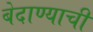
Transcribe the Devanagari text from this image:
बेदाण्याची